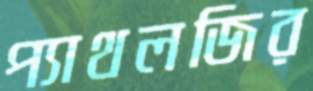
প্যাথলজির